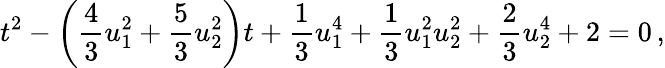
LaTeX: t^{2}-\left(\frac{4}{3}u_{1}^{2}+\frac{5}{3}u_{2}^{2}\right)t+\frac{1}{3}u_{1}^{4}+\frac{1}{3}u_{1}^{2}u_{2}^{2}+\frac{2}{3}u_{2}^{4}+2=0\, ,